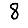
Digit: 8